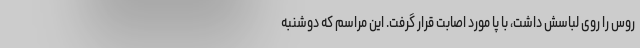
روس را روی لباسش داشت، با پا مورد اصابت قرار گرفت. این مراسم که دوشنبه